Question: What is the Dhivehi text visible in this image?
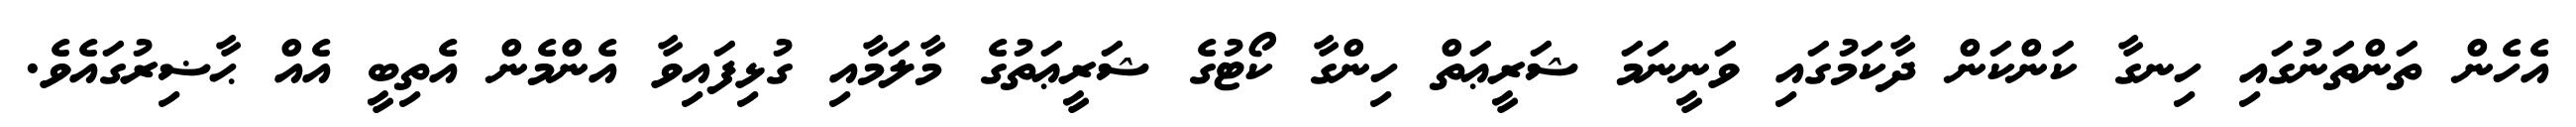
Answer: އެހެން ތަންތަނުގައި ހިނގާ ކަންކަން ދާކަމުގައި ވަނީނަމަ ޝަރީޢަތް ހިންގާ ކޯޓުގެ ޝަރީޢަތުގެ މާލަމާއި ގުޅިފައިވާ އެންމެން އެތިބީ އެއް ޙާޟިރުގައެވެ.